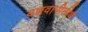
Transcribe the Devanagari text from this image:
यज्ञवापीतीर्थ